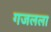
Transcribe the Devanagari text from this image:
गजलला